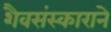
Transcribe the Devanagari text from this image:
शैवसंस्काराने